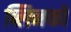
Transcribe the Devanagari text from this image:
ब्लिनको